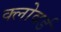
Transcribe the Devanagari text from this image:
क्लोवर्ड